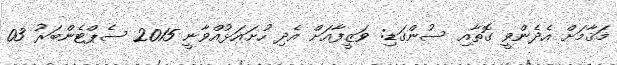
މަޤާމަށް އެދެންވީ ގޮތާއި ސުންގަޑި: ވަޒީފާއަށް އެދި ހުށައަޅުއްވާނީ 2015 ސެޕްޓެންބަރު 03